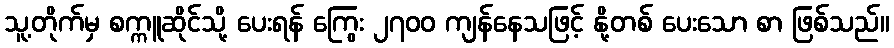
သူ့တိုက်မှ စက္ကူဆိုင်သို့ ပေးရန် ကြွေး ၂၇၀၀ ကျန်နေသဖြင့် နို့တစ် ပေးသော စာ ဖြစ်သည်။